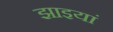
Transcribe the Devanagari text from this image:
झाइयां